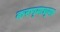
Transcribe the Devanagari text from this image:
करण्‍याच्‍या